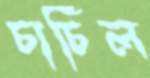
চার্চিল